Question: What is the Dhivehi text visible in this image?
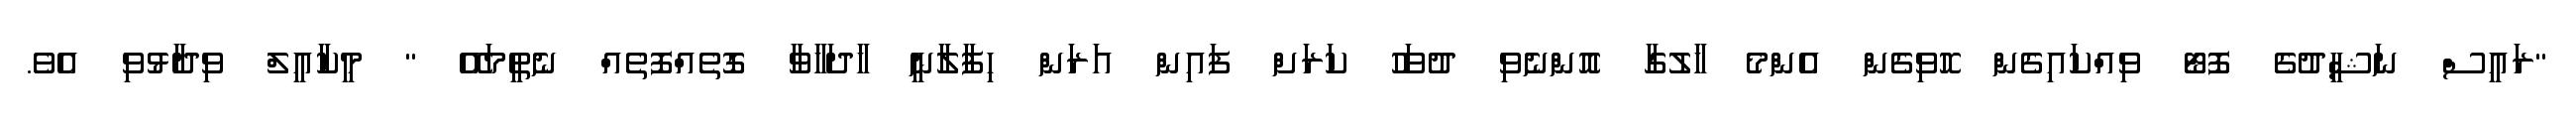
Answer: "ރައީސް ނަޝީދުގެ ފޮޓޯ ވިއްކައިގެން ހޮވިގެން އެންމެ ހާލުގާ އޮންނެވި ދުވަހު ކަރަށް ފައިން އަރަން ހިފާލާނީ ހާދަހާވާ ގޮތެއްފޮތެއް ނެތީމައޭ " މީކާއީލް ވިދާޅުވި އެވެ.